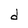
Character: d